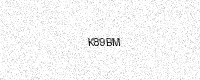
Text: K89BM